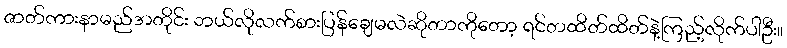
ဇာတ်ကားနာမည်အတိုင်း ဘယ်လိုလက်စားပြန်ချေမလဲဆိုတာကိုတော့ ရင်တထိတ်ထိတ်နဲ့ကြည့်လိုက်ပါဦး။